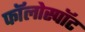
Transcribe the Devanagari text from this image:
फॉलोस्पॉट